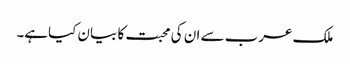
ملک عرب سے ان کی محبت کا بیان کیاہے۔